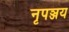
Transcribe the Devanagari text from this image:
नृपञ्जय